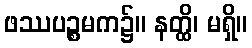
ဖဿပဉ္စမက၌။ နတ္ထိ၊ မရှိ။